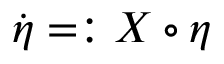
\dot { \boldsymbol \eta } = : \boldsymbol { \cal X } \circ \boldsymbol \eta